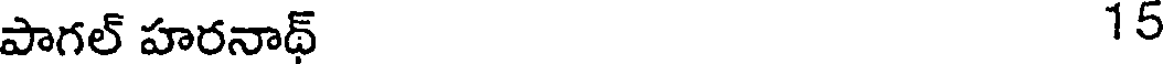
పాగల్ హరనాథ్ 15